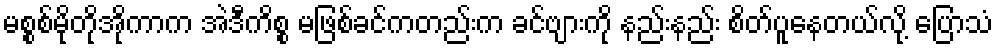
မစ္စစ်မိုတိုအိုကာက အဲဒီကိစ္စ မဖြစ်ခင်ကတည်းက ခင်ဗျားကို နည်းနည်း စိတ်ပူနေတယ်လို့ ပြောသံ